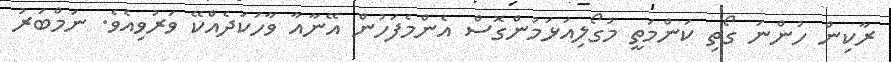
ރާކިން ހުންނަ ގޯތި ކަންމަތީ މުގޯލިއަޅަމުންގޮސް އެންމެފަހުން އޭނާއާ ވާހަކަދެއްކޭ ވަރުވިއެވެ. ނަމްބަރު